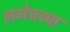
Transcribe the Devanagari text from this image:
लगेचच्या